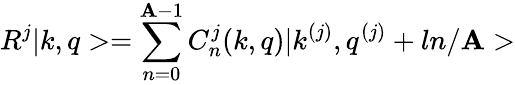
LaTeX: R^{j}|k,q>=\sum_{n=0}^{\mathbf{A}-1}C_{n}^{j}(k,q)|k^{(j)},q^{(j)}+ln/\mathbf{A}>